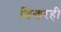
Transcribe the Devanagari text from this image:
शिखरही